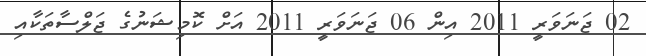
02 ޖަނަވަރީ 2011 އިން 06 ޖަނަވަރީ 2011 އަށް ކޮމިޝަނުގެ ޖަލްސާތަކާއި